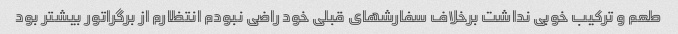
طعم و ترکیب خوبی نداشت برخلاف سفارشهای قبلی خود راضی نبودم انتظارم از برگراتور بیشتر بود